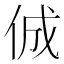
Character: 𠉛